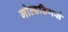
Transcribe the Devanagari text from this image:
गोल्डडिगर्स